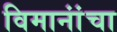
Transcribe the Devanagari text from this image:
विमानांंचा